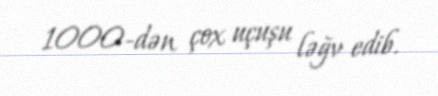
1000-dən çox uçuşu ləğv edib.